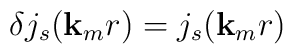
\delta j_{s}({\bf{k}}_{m}r) = j_{s}({\bf{k}}_{m}r)